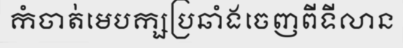
កំចាត់មេបក្សប្រឆាំងចេញពីទីលាន